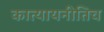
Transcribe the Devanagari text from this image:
कात्यायनीतिच